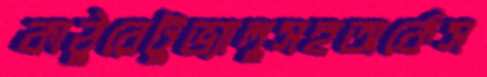
কাঠুরেটুভ্যালুসহঅর্কেস